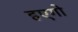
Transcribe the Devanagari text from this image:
हएगो